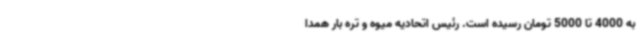
به 4000 تا 5000 تومان رسیده است. رئیس اتحادیه میوه و تره بار همدا